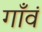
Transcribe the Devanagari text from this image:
गाँवं